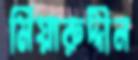
মিয়ারুদ্দীন